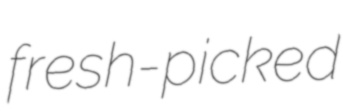
fresh-picked